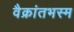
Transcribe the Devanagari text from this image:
वैक्रांतभस्म